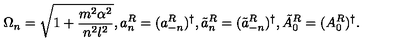
\Omega _ { n } = \sqrt { 1 + \frac { m ^ { 2 } \alpha ^ { 2 } } { n ^ { 2 } l ^ { 2 } } } , a _ { n } ^ { R } = ( a _ { - n } ^ { R } ) ^ { \dag } , \tilde { a } _ { n } ^ { R } = ( \tilde { a } _ { - n } ^ { R } ) ^ { \dag } , \tilde { A } _ { 0 } ^ { R } = ( A _ { 0 } ^ { R } ) ^ { \dag } .